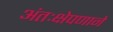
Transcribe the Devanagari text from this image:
अंतःक्षेपणाने